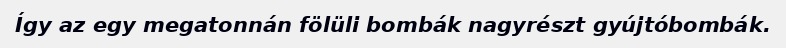
Így az egy megatonnán fölüli bombák nagyrészt gyújtóbombák.